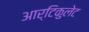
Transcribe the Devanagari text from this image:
आर्टिकुलेट